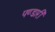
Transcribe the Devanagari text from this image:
पण्डारी